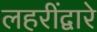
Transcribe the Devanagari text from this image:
लहरींद्वारे